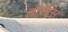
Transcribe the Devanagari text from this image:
तासीस